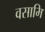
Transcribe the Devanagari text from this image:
वसामि